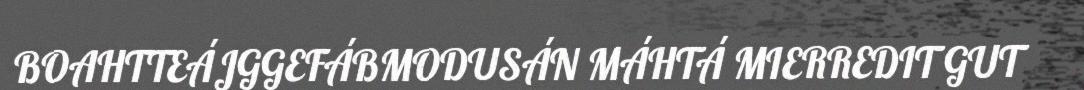
BOAHTTEÁJGGEFÁBMODUSÁN MÁHTÁ MIERREDIT GUT